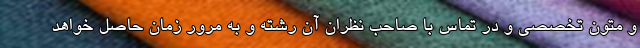
و متون تخصصی و در تماس با صاحب نظران آن رشته و به مرور زمان حاصل خواهد